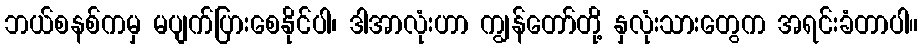
ဘယ်စနစ်ကမှ မပျက်ပြားစေနိုင်ပါ၊ ဒါအာလုံးဟာ ကျွန်တော်တို့ နှလုံးသားတွေက အရင်းခံတာပါ။